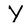
Character: Y